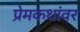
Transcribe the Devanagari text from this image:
प्रेमकथांवर